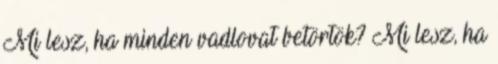
Mi lesz, ha minden vadlovat betörtök? Mi lesz, ha